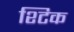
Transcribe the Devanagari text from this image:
श्टिक